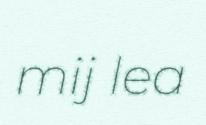
mij lea